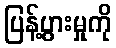
ပြန့်ပွားမှုကို